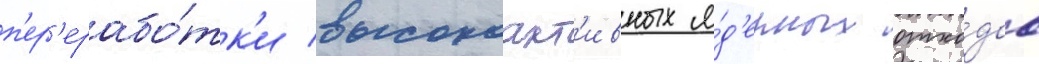
п'ер'ерабо́тк'и высокоакт'ивных я́д'ерных отхо́дов